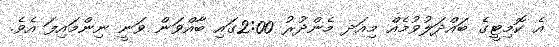
އެ ކޮމިޓީގެ ބައްދަލުވުމެއް މިއަދ މެންދުރު 2:00ގައި ބާއްވަން ވަނީ ނިންމައިފަ އެވެ.